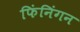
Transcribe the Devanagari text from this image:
फिंनिंगन